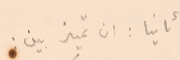
ثانيا: ان تميز بين :